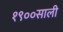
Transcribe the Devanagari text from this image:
१९००साली